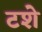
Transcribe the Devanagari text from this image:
टशे